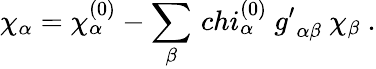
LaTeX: \chi_{\alpha}=\chi_{\alpha}^{(0)}-\sum_{\beta}\, chi_{\alpha}^{(0)}\ {g^{\prime}}_{\alpha\beta}\ \chi_{\beta}\ .